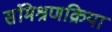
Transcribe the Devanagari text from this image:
संमिश्रणक्रिया